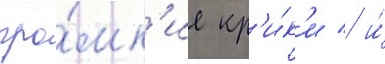
гро́мк'ие кр'и́к'и / и́